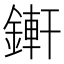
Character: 𨪚